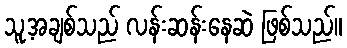
သူ့အချစ်သည် လန်းဆန်းနေဆဲ ဖြစ်သည်။